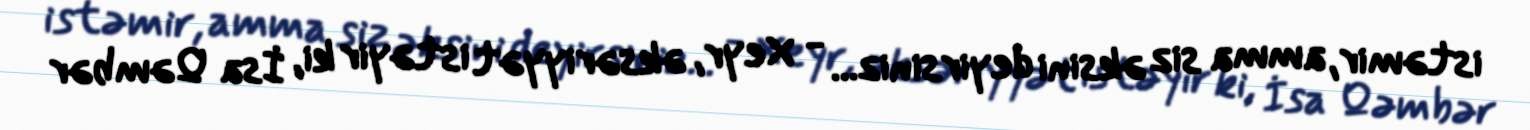
istəmir, amma siz əksini deyirsiniz... - Xeyr, əksəriyyət istəyir ki, İsa Qəmbər